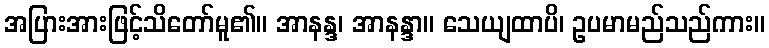
အပြားအားဖြင့်သိတော်မူ၏။ အာနန္ဒ၊ အာနန္ဒာ။ သေယျထာပိ၊ ဥပမာမည်သည်ကား။